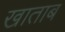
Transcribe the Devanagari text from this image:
खाताब